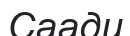
Саади